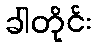
ခါတိုင်း